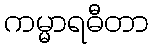
ကမ္မာရဓီတာ